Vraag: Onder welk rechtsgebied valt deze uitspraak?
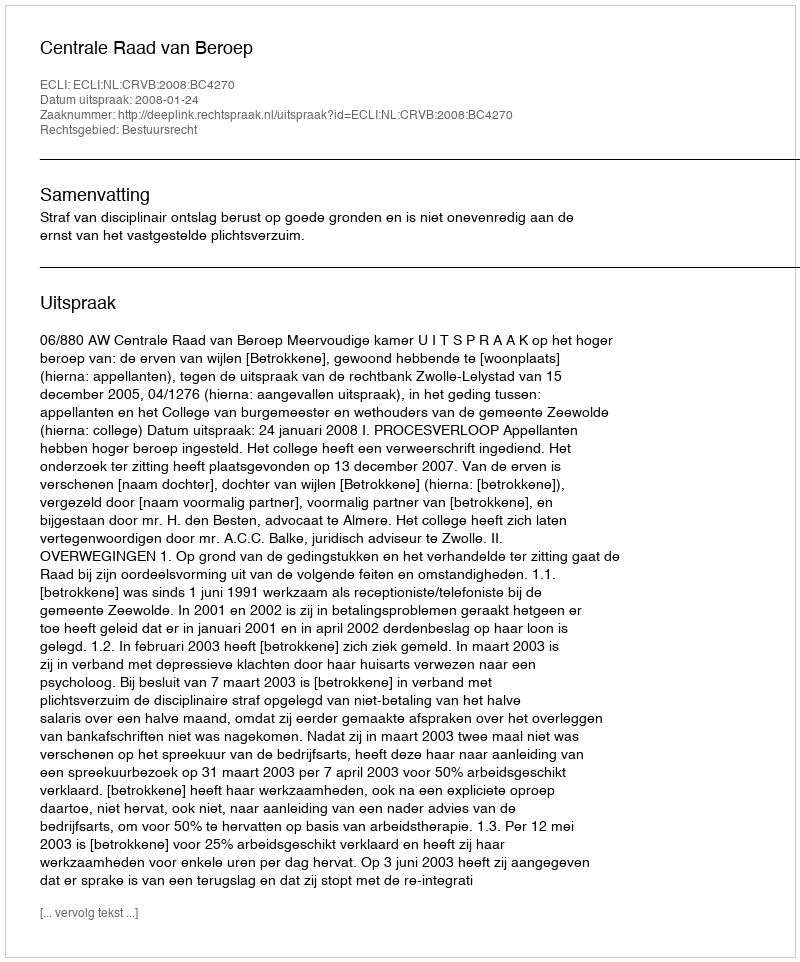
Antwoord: Bestuursrecht